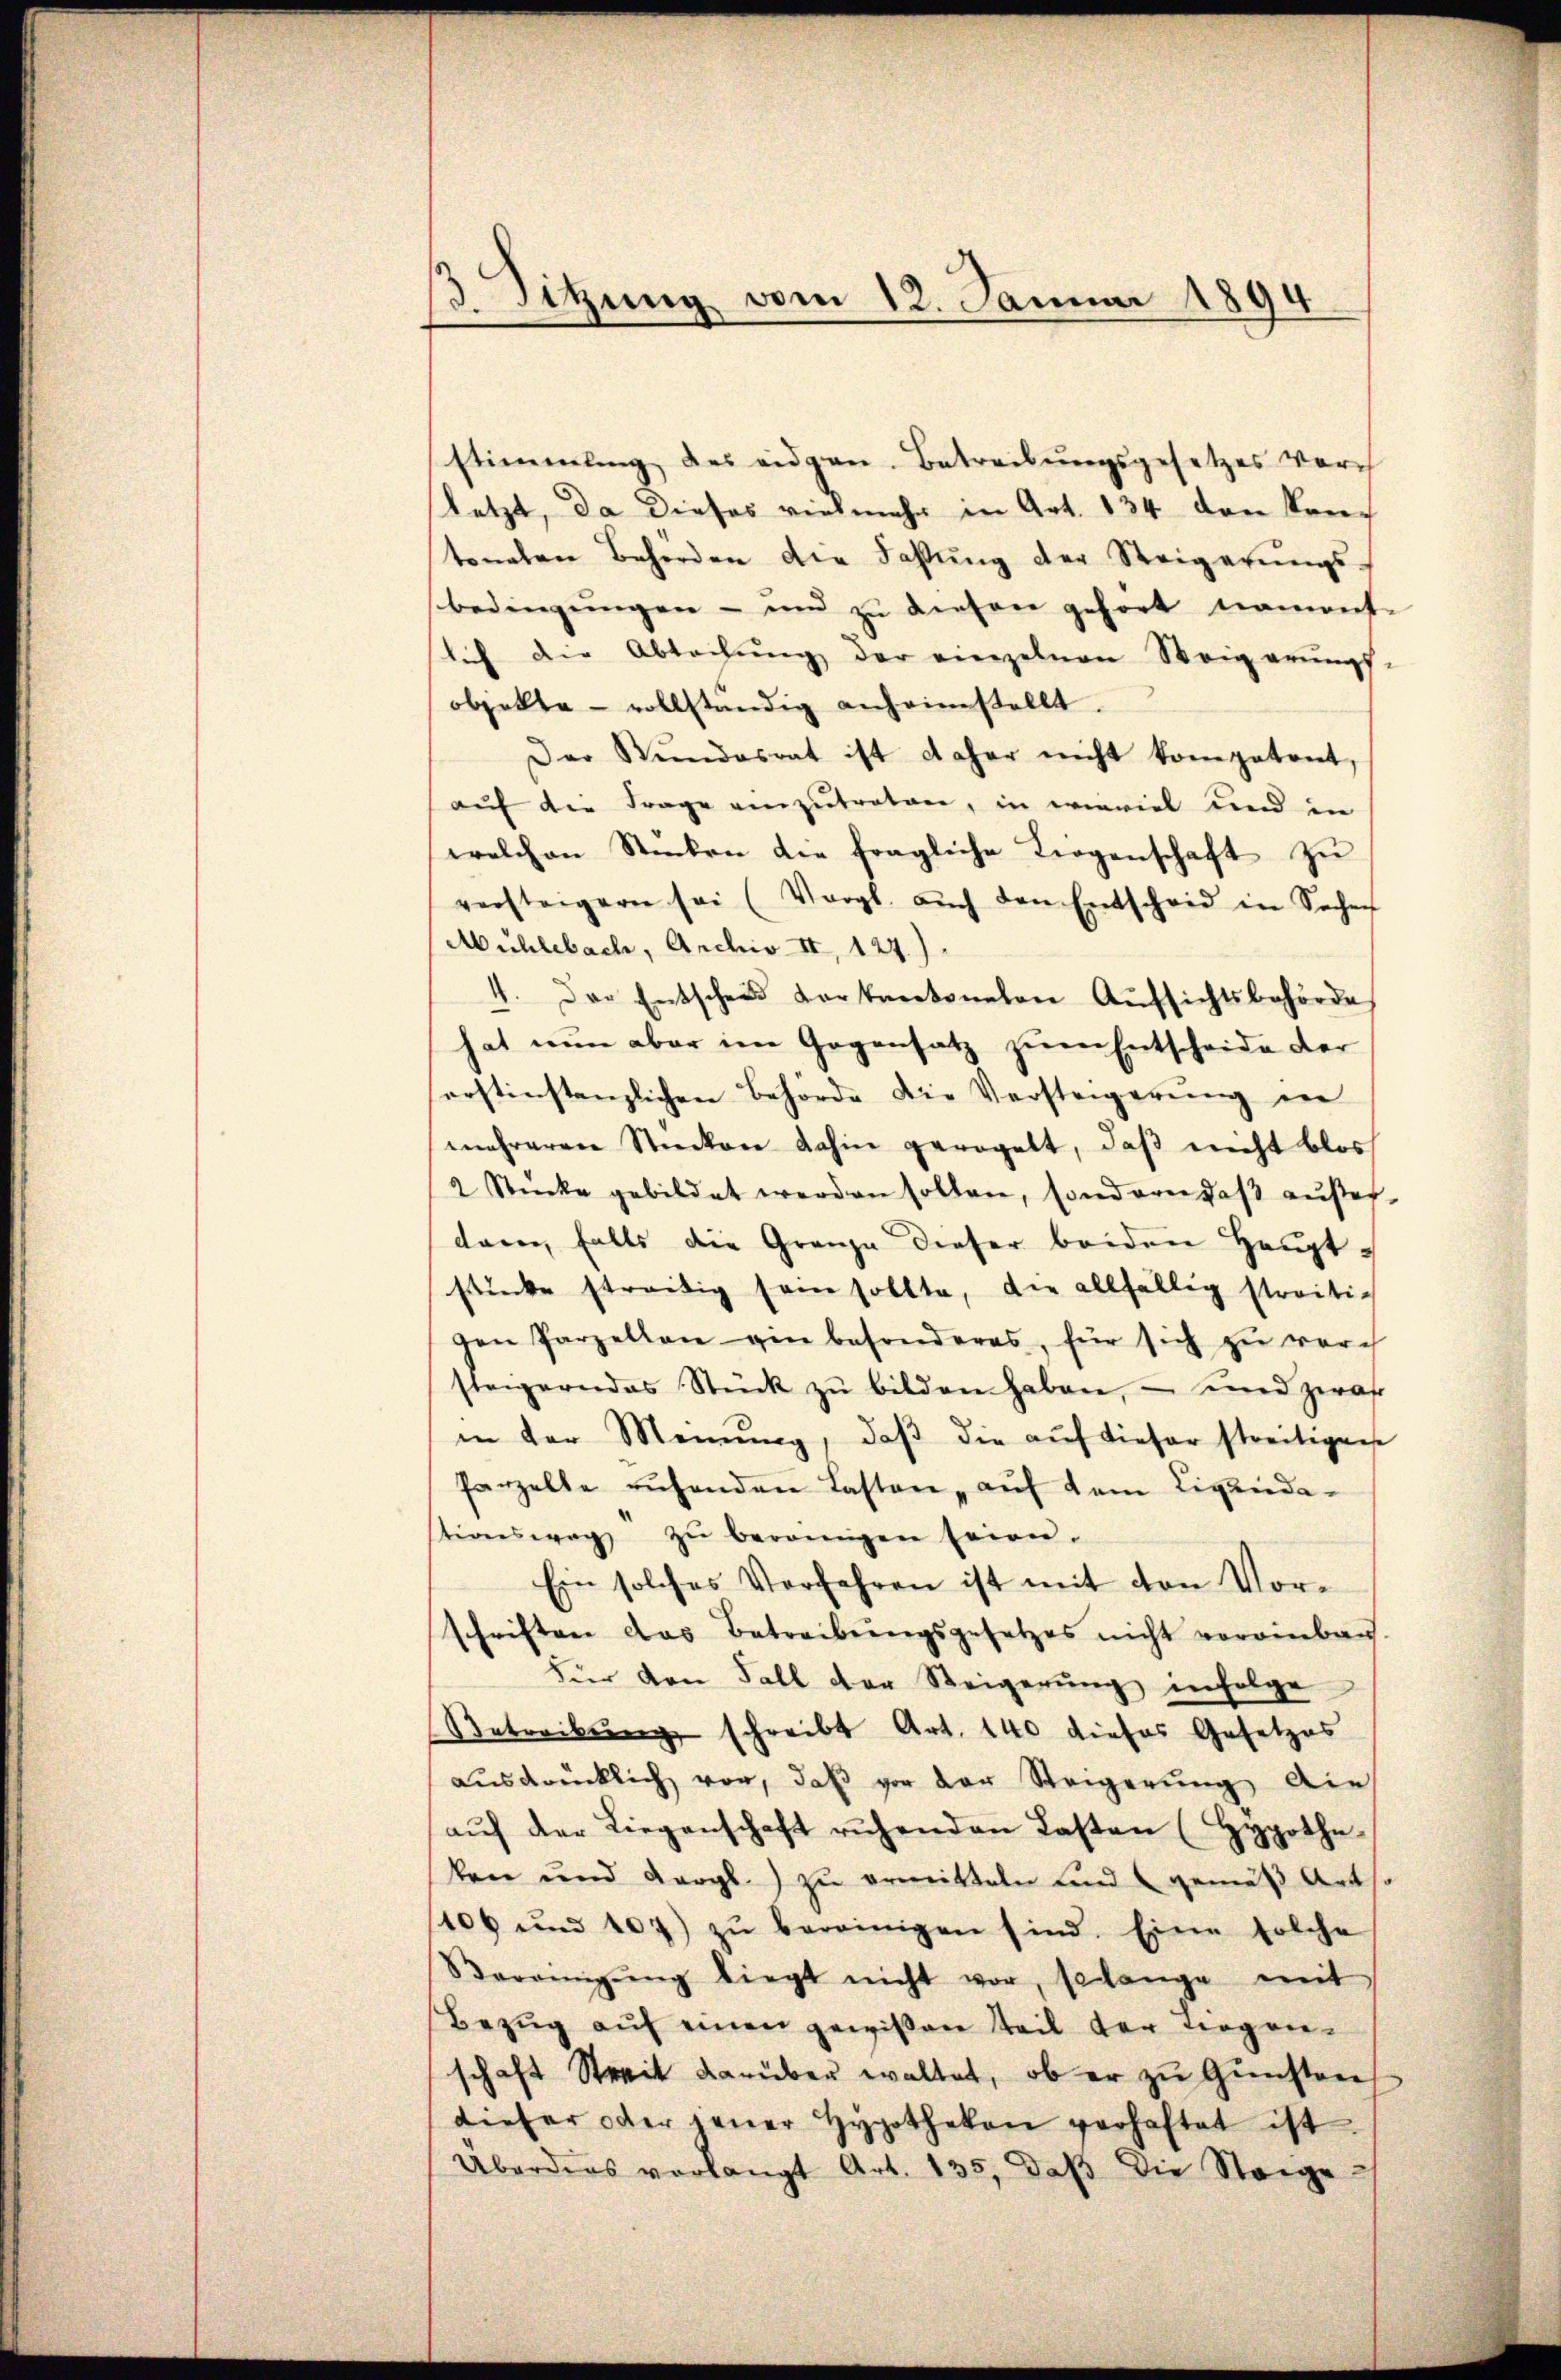
3 Sitzung vom 12. Januar 1894

stimmung des eidgen. Betreibungsgesetzes vorh
letzt, da dieses vielmehr in Art. 134 den Kontonalen Behörden die Faßung der Steigerŭngs-
bedingungen - und zu diesen gefort nament-
lich die Abteilŭng der einzelnen Weigerŭngs-
objekte - vollständig anheimstellt.
Der Stŭndesrat ist daher nicht kompetent,
auf die Frage einzutreten, in wieviel und in
welchen Stücken die fragliche Liegenschaft zu
versteigern sei (Vergl. aŭch den Entscheid in Sachen
Mühlebach, Archiv II, 127.)
4. Der Entscheid vorkantonalen Aŭfsichtsbehörde
hat nun aber im Gegensatz zum Entscheide der
erstinstanzlichen Behörde die Versteigerung in
mehreren Stücken dahin geregelt, daß nicht bloss
2 Stücke gebildet werden sollen, sondern daβ aŭβer-
dann falls die Granze dieser beiden Hauptstücke streitig sein sollte, die allfällig streitig
gen Parzellen ein besonderes, für sich zu vorch
steigern das Stück zŭ bilden haben, – und zwar
in der Meinŭng, daβ die aŭf dieser streitigene
Parzelte ruhenden Lasten auf dem Ligandastionsweg zŭ bereinigen seien.
Ein solches Verfahren ist mit von Vorschriften das Betreibungsgesetzes nicht voreinbau.
Für den Fall der Steigerŭng infolge
Betreibung schreibt Art. 140 dieses Gesetzes
aŭsdrücklich vor, daβ vor der Steigerŭng die
aŭf der Liegenschaft ruhenden Lasten (Hypothe
ken und vergl. zŭ ermitteln und gemäß Art so
106 und 107) zŭ bereinigen sind. Eine solche
Verangŭng liegt nicht vor solange mit
Bezug auf einen gewißen Teil der Trogenschaft Streit darüber waltet, ob er zu Gunsten
dieser oder jener Hypotheken verhaftet ist
Überders verlangt Art. 135, daβ die Steige